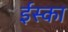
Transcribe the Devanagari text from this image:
ईस्का